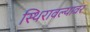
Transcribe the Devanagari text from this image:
स्थिरावल्यावर